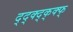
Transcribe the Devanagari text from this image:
द्द्क्द्क्क्फ्